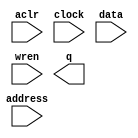
// megafunction wizard: %RAM: 1-PORT%VBB%
// GENERATION: STANDARD
// VERSION: WM1.0
// MODULE: altsyncram 

// ============================================================
// Megafunction Name(s):
// 			altsyncram
//
// Simulation Library Files(s):
// 			altera_mf
// ============================================================
// ************************************************************
// THIS IS A WIZARD-GENERATED FILE. DO NOT EDIT THIS FILE!
//
// 18.1.0 Build 625 09/12/2018 SJ Lite Edition
// ************************************************************

//Copyright (C) 2018  Intel Corporation. All rights reserved.
//Your use of Intel Corporation's design tools, logic functions 
//and other software and tools, and its AMPP partner logic 
//functions, and any output files from any of the foregoing 
//(including device programming or simulation files), and any 
//associated documentation or information are expressly subject 
//to the terms and conditions of the Intel Program License 
//Subscription Agreement, the Intel Quartus Prime License Agreement,
//the Intel FPGA IP License Agreement, or other applicable license
//agreement, including, without limitation, that your use is for
//the sole purpose of programming logic devices manufactured by
//Intel and sold by Intel or its authorized distributors.  Please
//refer to the applicable agreement for further details.

module buffer (
	aclr,
	address,
	clock,
	data,
	wren,
	q);

	input	  aclr;
	input	[9:0]  address;
	input	  clock;
	input	[3:0]  data;
	input	  wren;
	output	[3:0]  q;
`ifndef ALTERA_RESERVED_QIS
// synopsys translate_off
`endif
	tri0	  aclr;
	tri1	  clock;
`ifndef ALTERA_RESERVED_QIS
// synopsys translate_on
`endif

endmodule

// ============================================================
// CNX file retrieval info
// ============================================================
// Retrieval info: PRIVATE: ADDRESSSTALL_A NUMERIC "0"
// Retrieval info: PRIVATE: AclrAddr NUMERIC "0"
// Retrieval info: PRIVATE: AclrByte NUMERIC "0"
// Retrieval info: PRIVATE: AclrData NUMERIC "0"
// Retrieval info: PRIVATE: AclrOutput NUMERIC "1"
// Retrieval info: PRIVATE: BYTE_ENABLE NUMERIC "0"
// Retrieval info: PRIVATE: BYTE_SIZE NUMERIC "8"
// Retrieval info: PRIVATE: BlankMemory NUMERIC "1"
// Retrieval info: PRIVATE: CLOCK_ENABLE_INPUT_A NUMERIC "0"
// Retrieval info: PRIVATE: CLOCK_ENABLE_OUTPUT_A NUMERIC "0"
// Retrieval info: PRIVATE: Clken NUMERIC "0"
// Retrieval info: PRIVATE: DataBusSeparated NUMERIC "1"
// Retrieval info: PRIVATE: IMPLEMENT_IN_LES NUMERIC "0"
// Retrieval info: PRIVATE: INIT_FILE_LAYOUT STRING "PORT_A"
// Retrieval info: PRIVATE: INIT_TO_SIM_X NUMERIC "0"
// Retrieval info: PRIVATE: INTENDED_DEVICE_FAMILY STRING "MAX 10"
// Retrieval info: PRIVATE: JTAG_ENABLED NUMERIC "0"
// Retrieval info: PRIVATE: JTAG_ID STRING "NONE"
// Retrieval info: PRIVATE: MAXIMUM_DEPTH NUMERIC "0"
// Retrieval info: PRIVATE: MIFfilename STRING ""
// Retrieval info: PRIVATE: NUMWORDS_A NUMERIC "1024"
// Retrieval info: PRIVATE: RAM_BLOCK_TYPE NUMERIC "0"
// Retrieval info: PRIVATE: READ_DURING_WRITE_MODE_PORT_A NUMERIC "3"
// Retrieval info: PRIVATE: RegAddr NUMERIC "1"
// Retrieval info: PRIVATE: RegData NUMERIC "1"
// Retrieval info: PRIVATE: RegOutput NUMERIC "0"
// Retrieval info: PRIVATE: SYNTH_WRAPPER_GEN_POSTFIX STRING "0"
// Retrieval info: PRIVATE: SingleClock NUMERIC "1"
// Retrieval info: PRIVATE: UseDQRAM NUMERIC "1"
// Retrieval info: PRIVATE: WRCONTROL_ACLR_A NUMERIC "0"
// Retrieval info: PRIVATE: WidthAddr NUMERIC "10"
// Retrieval info: PRIVATE: WidthData NUMERIC "4"
// Retrieval info: PRIVATE: rden NUMERIC "0"
// Retrieval info: LIBRARY: altera_mf altera_mf.altera_mf_components.all
// Retrieval info: CONSTANT: CLOCK_ENABLE_INPUT_A STRING "BYPASS"
// Retrieval info: CONSTANT: CLOCK_ENABLE_OUTPUT_A STRING "BYPASS"
// Retrieval info: CONSTANT: INTENDED_DEVICE_FAMILY STRING "MAX 10"
// Retrieval info: CONSTANT: LPM_HINT STRING "ENABLE_RUNTIME_MOD=NO"
// Retrieval info: CONSTANT: LPM_TYPE STRING "altsyncram"
// Retrieval info: CONSTANT: NUMWORDS_A NUMERIC "1024"
// Retrieval info: CONSTANT: OPERATION_MODE STRING "SINGLE_PORT"
// Retrieval info: CONSTANT: OUTDATA_ACLR_A STRING "CLEAR0"
// Retrieval info: CONSTANT: OUTDATA_REG_A STRING "UNREGISTERED"
// Retrieval info: CONSTANT: POWER_UP_UNINITIALIZED STRING "FALSE"
// Retrieval info: CONSTANT: READ_DURING_WRITE_MODE_PORT_A STRING "NEW_DATA_NO_NBE_READ"
// Retrieval info: CONSTANT: WIDTHAD_A NUMERIC "10"
// Retrieval info: CONSTANT: WIDTH_A NUMERIC "4"
// Retrieval info: CONSTANT: WIDTH_BYTEENA_A NUMERIC "1"
// Retrieval info: USED_PORT: aclr 0 0 0 0 INPUT GND "aclr"
// Retrieval info: USED_PORT: address 0 0 10 0 INPUT NODEFVAL "address[9..0]"
// Retrieval info: USED_PORT: clock 0 0 0 0 INPUT VCC "clock"
// Retrieval info: USED_PORT: data 0 0 4 0 INPUT NODEFVAL "data[3..0]"
// Retrieval info: USED_PORT: q 0 0 4 0 OUTPUT NODEFVAL "q[3..0]"
// Retrieval info: USED_PORT: wren 0 0 0 0 INPUT NODEFVAL "wren"
// Retrieval info: CONNECT: @aclr0 0 0 0 0 aclr 0 0 0 0
// Retrieval info: CONNECT: @address_a 0 0 10 0 address 0 0 10 0
// Retrieval info: CONNECT: @clock0 0 0 0 0 clock 0 0 0 0
// Retrieval info: CONNECT: @data_a 0 0 4 0 data 0 0 4 0
// Retrieval info: CONNECT: @wren_a 0 0 0 0 wren 0 0 0 0
// Retrieval info: CONNECT: q 0 0 4 0 @q_a 0 0 4 0
// Retrieval info: GEN_FILE: TYPE_NORMAL buffer.v TRUE
// Retrieval info: GEN_FILE: TYPE_NORMAL buffer.inc FALSE
// Retrieval info: GEN_FILE: TYPE_NORMAL buffer.cmp FALSE
// Retrieval info: GEN_FILE: TYPE_NORMAL buffer.bsf FALSE
// Retrieval info: GEN_FILE: TYPE_NORMAL buffer_inst.v FALSE
// Retrieval info: GEN_FILE: TYPE_NORMAL buffer_bb.v TRUE
// Retrieval info: LIB_FILE: altera_mf